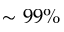
\sim 9 9 \%